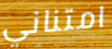
امتناني